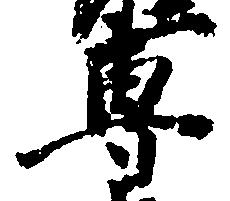
専